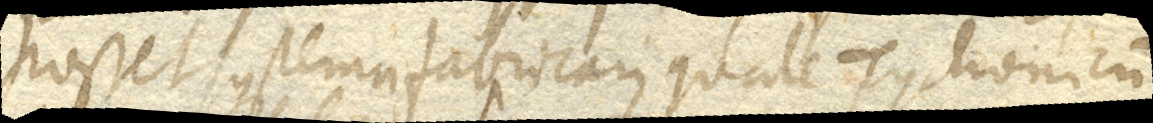
posset systema fabricari quale Tychonicum,